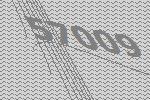
57009